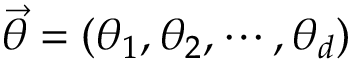
\vec { \theta } = ( \theta _ { 1 } , \theta _ { 2 } , \cdots , \theta _ { d } )